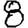
Digit: 8